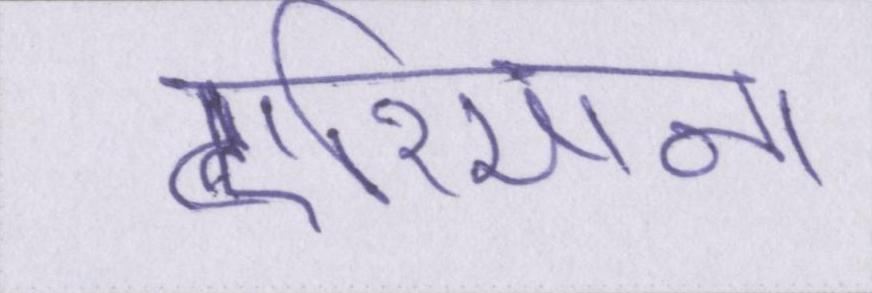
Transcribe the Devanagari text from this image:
एरियाना